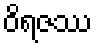
ဝိရဇဿ